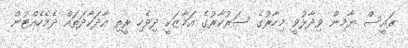
ރައީސް ޔާމިން ވިދާޅުވީ މިހާރުގެ ސަރުކާރުގެ އަމާޒަކީ ދިވެހި ރީތި އާދަކާދަތައް ދެމެހެއްޓުން